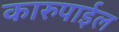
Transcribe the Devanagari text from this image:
कारुपाईल